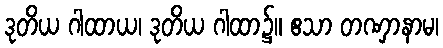
ဒုတိယ ဂါထာယ၊ ဒုတိယ ဂါထာ၌။ ဧသာ တဏှာနာမ၊